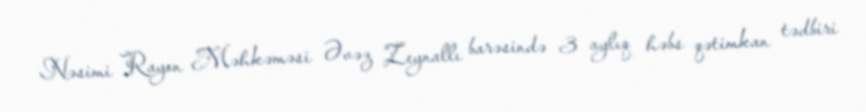
Nəsimi Rayon Məhkəməsi Əvəz Zeynallı barəsində 3 aylıq həbs qətimkan tədbiri